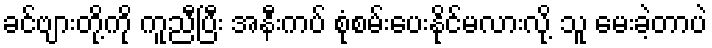
ခင်ဗျားတို့ကို ကူညီပြီး အနီးကပ် စုံစမ်းပေးနိုင်မလားလို့ သူ မေးခဲ့တာပဲ